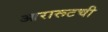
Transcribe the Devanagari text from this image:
आरारूटची